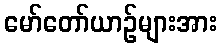
မော်တော်ယာဉ်များအား